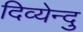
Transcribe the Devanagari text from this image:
दिव्येन्दु